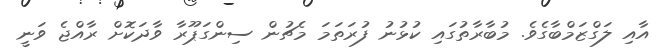
އާއި ލަގްޒަމްބާގެވެ. މުބާރާތުގައި ކުޅުނު ފުރަތަމަ މެޗުން ސިންގަޕޫރާ ވާދަކޮށް ރާއްޖެ ވަނީ